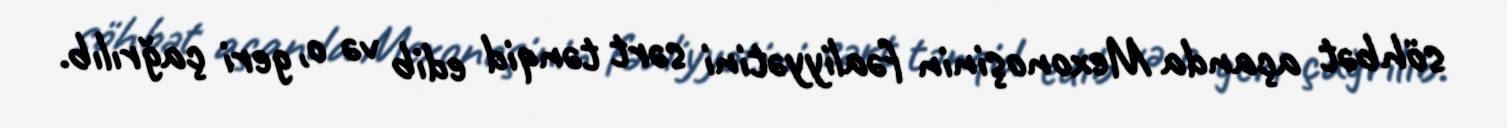
söhbət açanda Mexonoşinin fəaliyyətini sərt tənqid edib və o, geri çağrılıb.